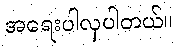
အရေးပါလှပါတယ်။